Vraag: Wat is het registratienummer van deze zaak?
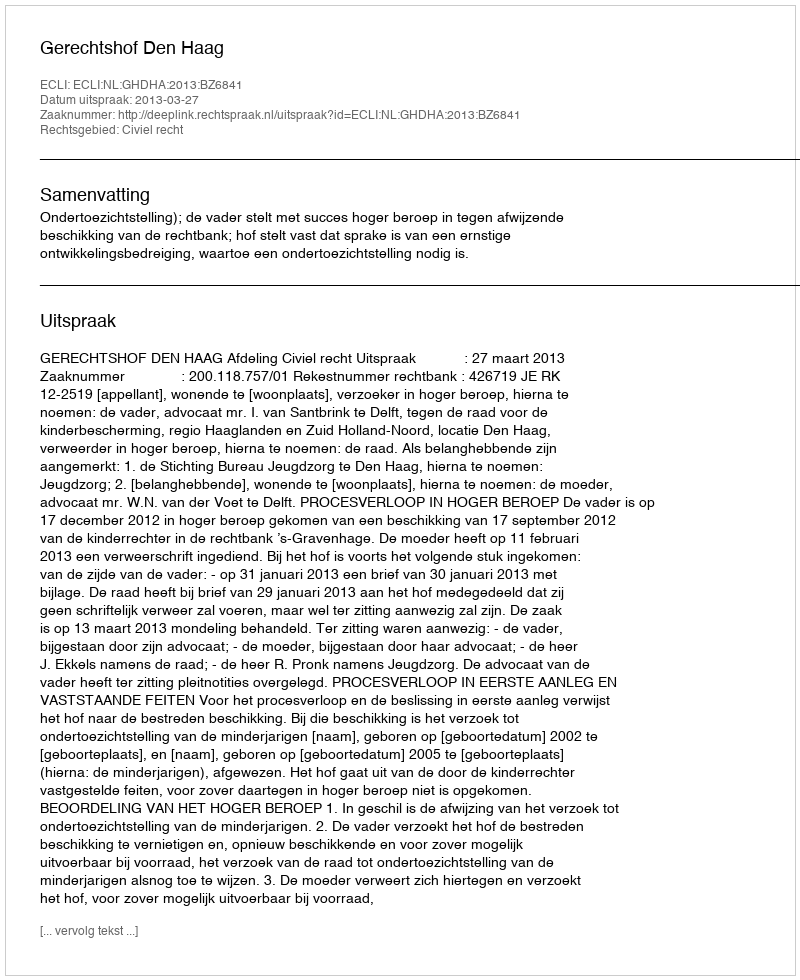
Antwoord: http://deeplink.rechtspraak.nl/uitspraak?id=ECLI:NL:GHDHA:2013:BZ6841